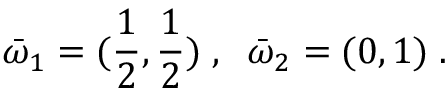
{ \bar { \omega } } _ { 1 } = ( \frac 1 { 2 } , \frac 1 { 2 } ) \; , \; \; { \bar { \omega } } _ { 2 } = ( 0 , 1 ) \; .